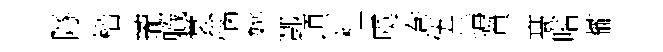
隧榴瓏軄裳惱姚酆頃枉虞巻伍搆贊髙喈櫳